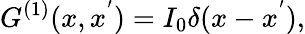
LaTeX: G^{(1)}(x,x^{'})=I_{0}\delta(x-x^{'}),